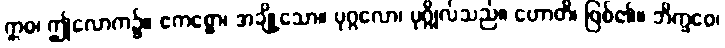
ဣဓ၊ ဤလောက၌။ ဧကစ္စော၊ အချို့သော။ ပုဂ္ဂလော၊ ပုဂ္ဂိုလ်သည်။ ဟောတိ၊ ဖြစ်၏။ ဘိက္ခဝေ၊